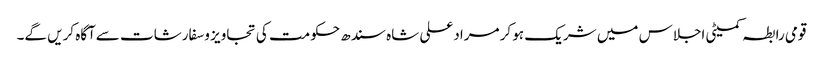
قومی رابطہ کمیٹی اجلاس میں شریک ہو کر مرادعلی شاہ سندھ حکومت کی تجاویز وسفارشات سےآگاہ کریں گے۔